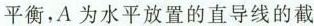
平衡，A为水平放置的直导线的截